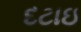
દટાઇ